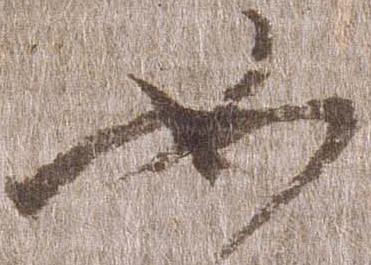
如